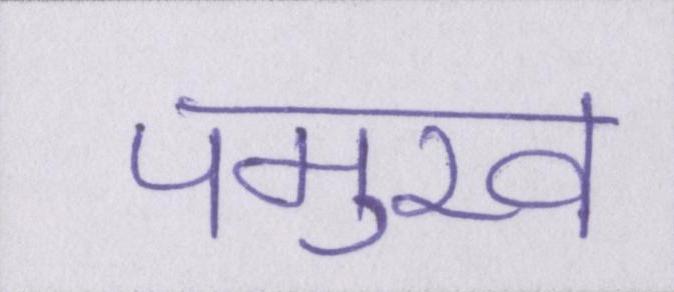
पमुख